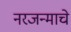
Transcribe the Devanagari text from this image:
नरजन्माचे